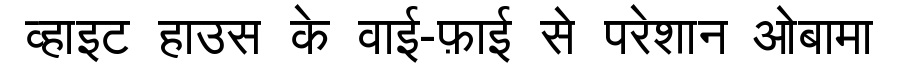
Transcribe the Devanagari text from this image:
व्हाइट हाउस के वाई-फ़ाई से परेशान ओबामा